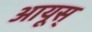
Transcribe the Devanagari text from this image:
आयूस्‌